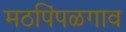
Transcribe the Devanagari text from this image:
मठपिंपळगाव